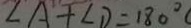
\angle A + \angle D = 1 8 0 ^ { \circ }